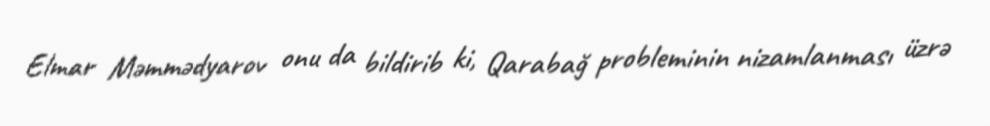
Elmar Məmmədyarov onu da bildirib ki, Qarabağ probleminin nizamlanması üzrə